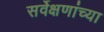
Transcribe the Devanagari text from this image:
सर्वेक्षणांच्या